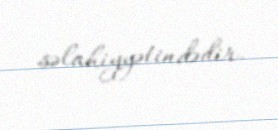
səlahiyyətindədir.